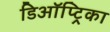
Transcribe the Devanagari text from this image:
डिऑप्ट्रिका